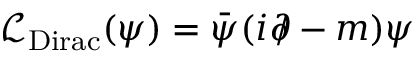
{ \mathcal { L } } _ { \mathrm { D i r a c } } ( \psi ) = { \bar { \psi } } ( i \partial \! \! \! / - m ) \psi